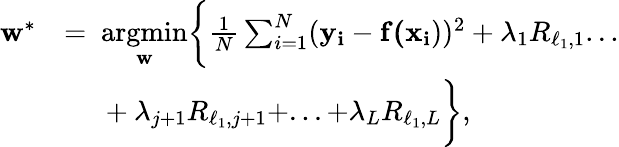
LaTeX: \begin{array}{rl}{\mathbf{w}^{*}}&{=\ \underset{\mathbf{w}}{\mathrm{argmin}}\biggl\{ \frac{1}{N}\sum_{i=1}^{N}(\mathbf{y_{i}}-\mathbf{f(x_{i}}))^{2}+\lambda_{1}R_{\ell_{1},1}...}\\ &{\ \quad+\lambda_{j+1}R_{\ell_{1},j+1}+...+\lambda_{L}R_{\ell_{1},L}\biggr\} ,}\end{array}